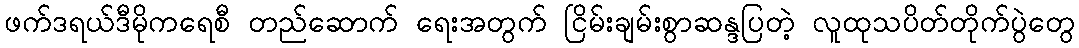
ဖက်ဒရယ်ဒီမိုကရေစီ တည်ဆောက် ရေးအတွက် ငြိမ်းချမ်းစွာဆန္ဒပြတဲ့ လူထုသပိတ်တိုက်ပွဲတွေ